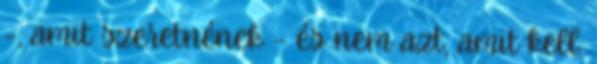
–, amit szeretnének – és nem azt, amit kell.